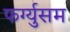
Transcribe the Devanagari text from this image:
फर्ग्युसम